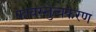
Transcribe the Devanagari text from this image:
कावस्तुत्वकरण